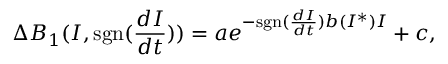
\Delta { B _ { 1 } } ( I , \mathrm { s g n } ( \frac { d I } { d t } ) ) = a e ^ { - \mathrm { s g n } ( \frac { d I } { d t } ) b ( I ^ { * } ) I } + c ,